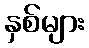
နှစ်များ